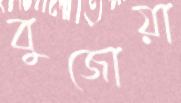
বুজোয়া